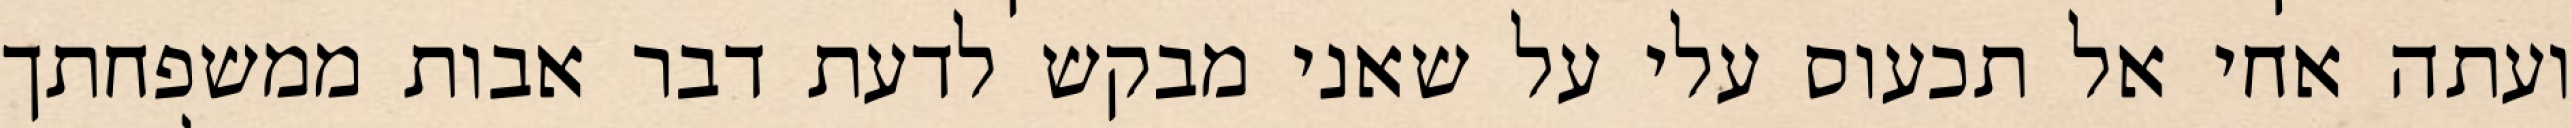
ועתה אחי אל תכעוס עלי על שאני מבקש לדעת דבר אבות ממשפחתך